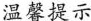
温馨提示